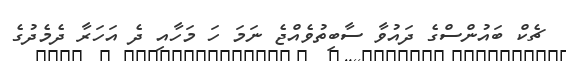
ޗެކް ބައުންސްގެ ދައުވާ ސާބިތުވެއްޖެ ނަމަ ހަ މަހާއި ދެ އަހަރާ ދެމެދުގެ